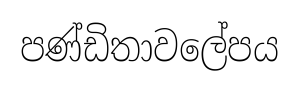
පණ්ඩිතාවලේපය